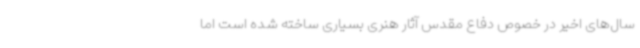
سال‌های اخیر در خصوص دفاع مقدس آثار هنری بسیاری ساخته شده است اما